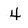
Character: 4